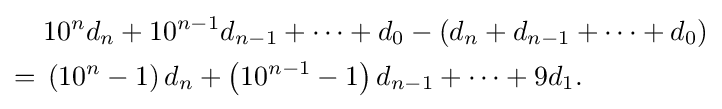
{\begin{aligned}&10^{n}d_{n}+10^{n-1}d_{n-1}+\cdots +d_{0}-\left(d_{n}+d_{n-1}+\cdots +d_{0}\right)\\={}&\left(10^{n}-1\right)d_{n}+\left(10^{n-1}-1\right)d_{n-1}+\cdots +9d_{1}.\end{aligned}}